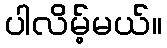
ပါလိမ့်မယ်။